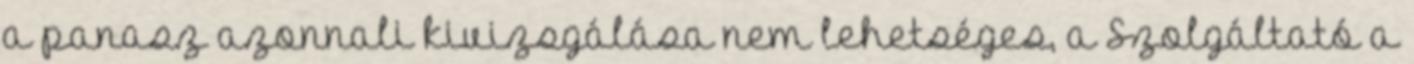
a panasz azonnali kivizsgálása nem lehetséges, a Szolgáltató a